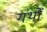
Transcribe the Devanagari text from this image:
गंथों